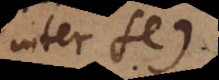
inter se.